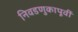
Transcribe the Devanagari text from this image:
निवडणुकापूर्वी